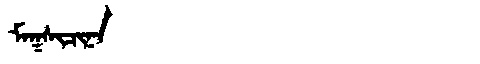
Manchu: ᠮᠠᡴᠰᡳᠴᡳᠨᠠ
Romanization: MAKSICINA